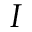
I